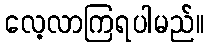
လေ့လာကြရပါမည်။